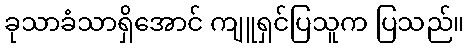
ခုသာခံသာရှိအောင် ကျူရှင်ပြသူက ပြသည်။